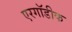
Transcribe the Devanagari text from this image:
एरगॉडीक